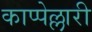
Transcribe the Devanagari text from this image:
काप्पेल्लारी